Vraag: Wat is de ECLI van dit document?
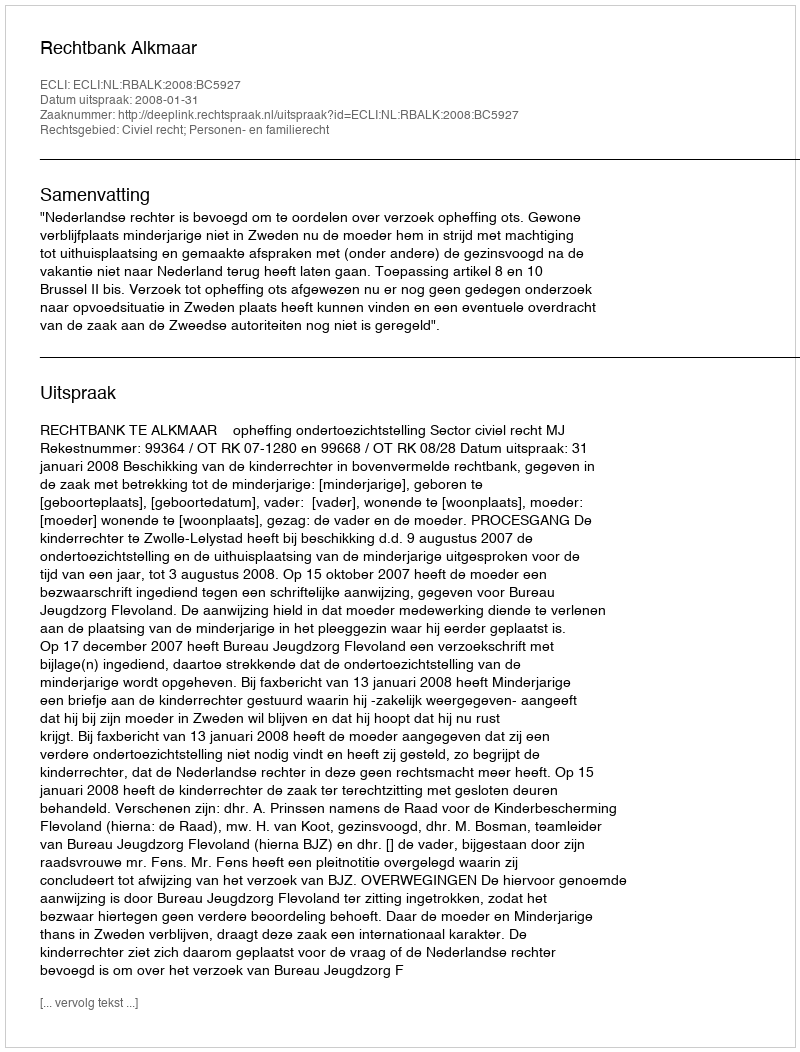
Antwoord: ECLI:NL:RBALK:2008:BC5927